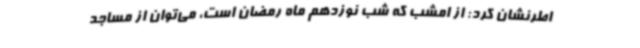
اطرنشان کرد: از امشب که شب نوزدهم ماه رمضان است، می‌توان از مساجد